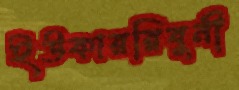
ইউকাররিবুনী